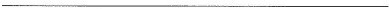
___